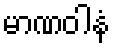
မာဏဝါနံ